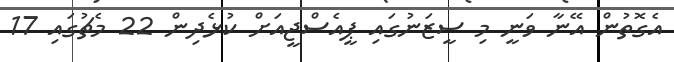
އެގޮތުން އޭނާ ވަނީ މި ސީޒަނުގައި ޕީއެސްޖީއަށް ކުޅެދިން 22 މެޗުގައި 17